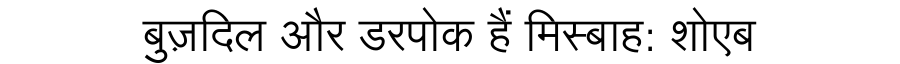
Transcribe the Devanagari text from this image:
बुज़दिल और डरपोक हैं मिस्बाह: शोएब